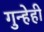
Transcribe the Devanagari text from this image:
गुन्हेही